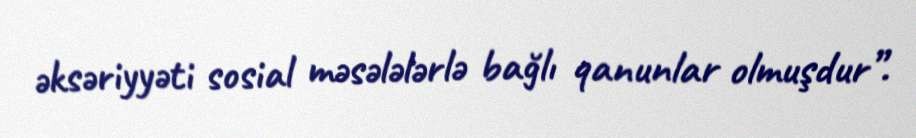
əksəriyyəti sosial məsələlərlə bağlı qanunlar olmuşdur”.